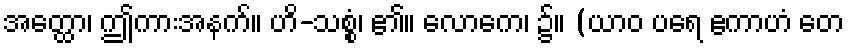
အတ္ထော၊ ဤကားအနက်။ ဟိ-သစ္စံ၊ ၏။ လောကေ၊ ၌။ (ယာဝ ပရေ ဧကာဟံ တေ